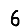
Digit: 6